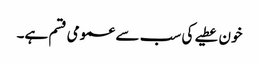
خون عطیے کی سب سے عمومی قسم ہے۔